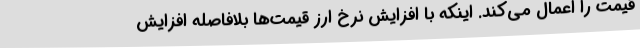
قیمت را اعمال می‌کند. اینکه با افزایش نرخ ارز قیمت‌ها بلافاصله افزایش